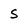
Character: s